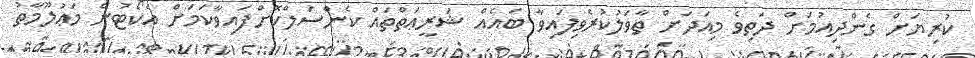
ކުރިޔަށް ގެންދިއުމަށް ދަތިވެ މިއަދަށް ތާވަލުކުރެވިފައިވާ ބައެއް ޝަރީޢަތްތައް ކެންސަލްކޮށްފައިވާކަމަށް އެކޯޓުން މަޢުލޫމާތު